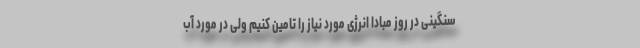
سنگینی در روز مبادا انرژی مورد نیاز را تامین کنیم ولی در مورد آب